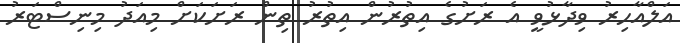
އަލްއާހިރު ވިދާޅުވީ އެ ރަށުގެ އިތުރުން އިތުރު ތިން ރަށަކަށް މިއަދު މިނިސްޓަރު